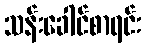
သန်းခေါင်စာရင်း